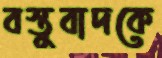
বস্তুবাদকে